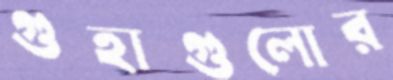
গুহাগুলোর